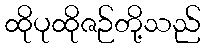
ထိုပုထိုဇဉ်တို့သည်